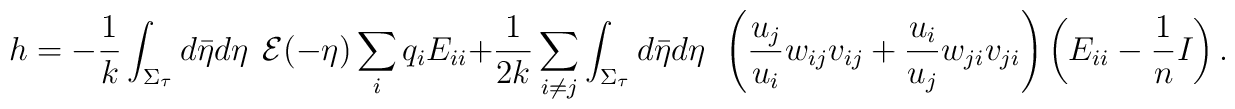
h=-\frac{1}{k}\int_{\Sigma_{\tau}}d\bar{\eta} d\eta~~{\cal E}(-\eta)\sum_{i}q_i E_{ii}+\frac{1}{2k}\sum_{i\neq j}\int_{\Sigma_{\tau}}d\bar{\eta} d\eta~~\left(\frac{u_j}{u_i}w_{ij}v_{ij}+\frac{u_i}{u_j}w_{ji}v_{ji}\right)\left(E_{ii}-\frac{1}{n}I\right).